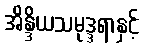
အိန္ဒိယသမုဒ္ဒရာနှင့်